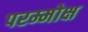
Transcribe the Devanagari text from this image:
परम्मोक्ष